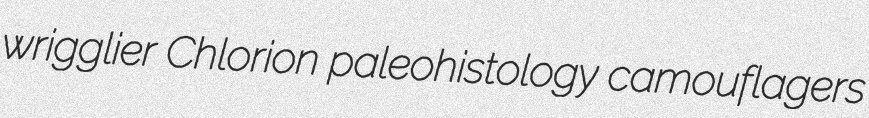
wrigglier Chlorion paleohistology camouflagers